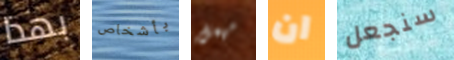
بهذا بأشخاص مهمل ان سنجعل